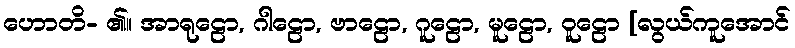
ဟောတိ- ၏။ အာရုဠော, ဂါဠော, ဗာဠော, ဂူဠော, မူဠော, ဝူဠော [လွယ်ကူအောင်